Report on vaccination in Madras 1895-1903 - 1895-1903
Year: 1895
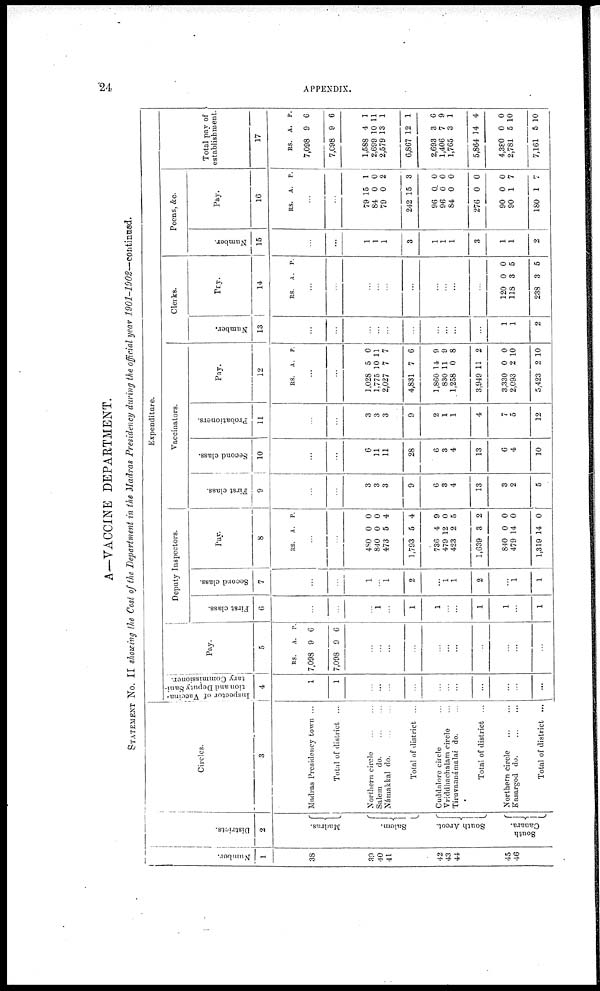
24
APPENDIX.
A—VACCINE DEPARTMENT.
STATEMENT NO. II showing the Cost of the Department in the Madras Presidency during the official year 1901-1902—continued.
Number.
1
38
39
40
41
42
43
44
45
46
Districts.
2
Madras.
Salem.
South Arcot.
South
Canara.
Circles.
3
Madras Presidency town ...
Total of district ...
Northern circle
...
...
Salem
do.
...
...
Námakkal
do. ... ...
Total of district ...
Cuddalore circle ...
Vriddbachalam circle ...
Tiruvannámalai do. ...
Total of district ...
Northern circle
...
...
Kasargod
do. ... ...
Total of district ...
Expenditure.
Inspector of Vaccina-
tion and Deputy Sani-
tary Commissioner.
4
1
1
...
...
...
...
...
...
...
...
...
...
...
Pay.
5
RS.
7,098
7,098
A.
9
9
P.
6
6
...
...
...
...
...
...
...
...
...
...
...
Deputy Inspectors.
First class.
6
...
...
...
1
...
1
1
...
...
1
1
...
1
Second class.
7
...
...
1
...
...
2
...
1
1
2
...
1
1
Pay.
8
RS. A. P.
...
...
480
840
473
1,793
736
479
423
1,639
840
479
1,319
0
0
5
5
4
12
2
3
0
14
14
0
0
4
4
9
0
5
2
0
0
0
Vaccinators.
First class.
9
...
...
3
3
3
9
6
3
4
13
3
2
5
Second class.
10
...
...
6
11
11
28
6
3
4
13
6
4
10
Probationers.
11
...
...
3
3
3
9
2
1
1
4
7
5
12
Pay.
12
RS. A. P.
...
...
1,028
1,775
2,027
4,831
1,860
830
1,258
3,949
3,330
2,093
5,423
5
10
7
7
14
11
0
11
0
2
2
0
11
7
6
9
9
8
2
0
10
10
Clerks.
Number.
13
...
...
...
...
...
...
...
...
...
...
1
1
2
Pay.
14
RS. A.
P.
...
...
...
...
...
...
...
...
...
...
120
118
238
0
3
3
0
5
5
Peons, &c.
Number.
15
...
...
1
1
1
3
1
1
1
3
1
1
2
Pay.
16
RS. A.
P.
...
...
79
84
79
242
96
96
84
276
90
90
180
15
0
0
15
0
0
0
0
0
1
1
1
0
2
3
0
0
0
0
0
7
7
Total pay of
establishment.
17
RS.
7,098
7,698
1,588
2,699
2,579
6,867
2,693
1,406
1,765
5,864
4,380
2,781
7,161
A.
9
9
4
10
13
12
3
7
3
14
0
5
5
P.
6
6
1
11
1
1
6
9
1
4
0
10
10